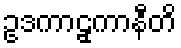
ဥဒကာဠှကာနီတိ